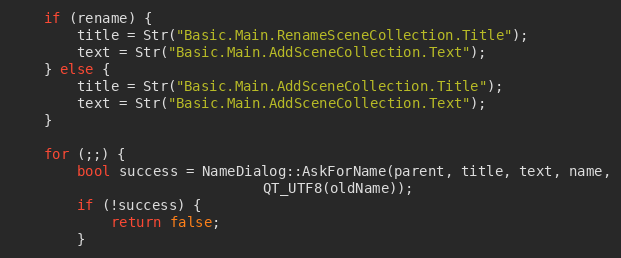
Language: C++
	if (rename) {
		title = Str("Basic.Main.RenameSceneCollection.Title");
		text = Str("Basic.Main.AddSceneCollection.Text");
	} else {
		title = Str("Basic.Main.AddSceneCollection.Title");
		text = Str("Basic.Main.AddSceneCollection.Text");
	}

	for (;;) {
		bool success = NameDialog::AskForName(parent, title, text, name,
						      QT_UTF8(oldName));
		if (!success) {
			return false;
		}